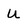
Character: U